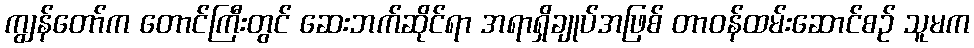
ကျွန်တော်က တောင်ကြီးတွင် ဆေးဘက်ဆိုင်ရာ အရာရှိချုပ်အဖြစ် တာဝန်ထမ်းဆောင်စဉ် သူမက